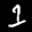
Label: 1